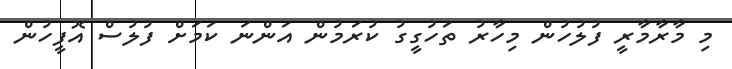
މި މާރާމާރީ ފުލުހުން މިހާރު ތަހުގީގު ކުރަމުން އަންނަ ކަމަށް ފުލުސް އޮފީހުން